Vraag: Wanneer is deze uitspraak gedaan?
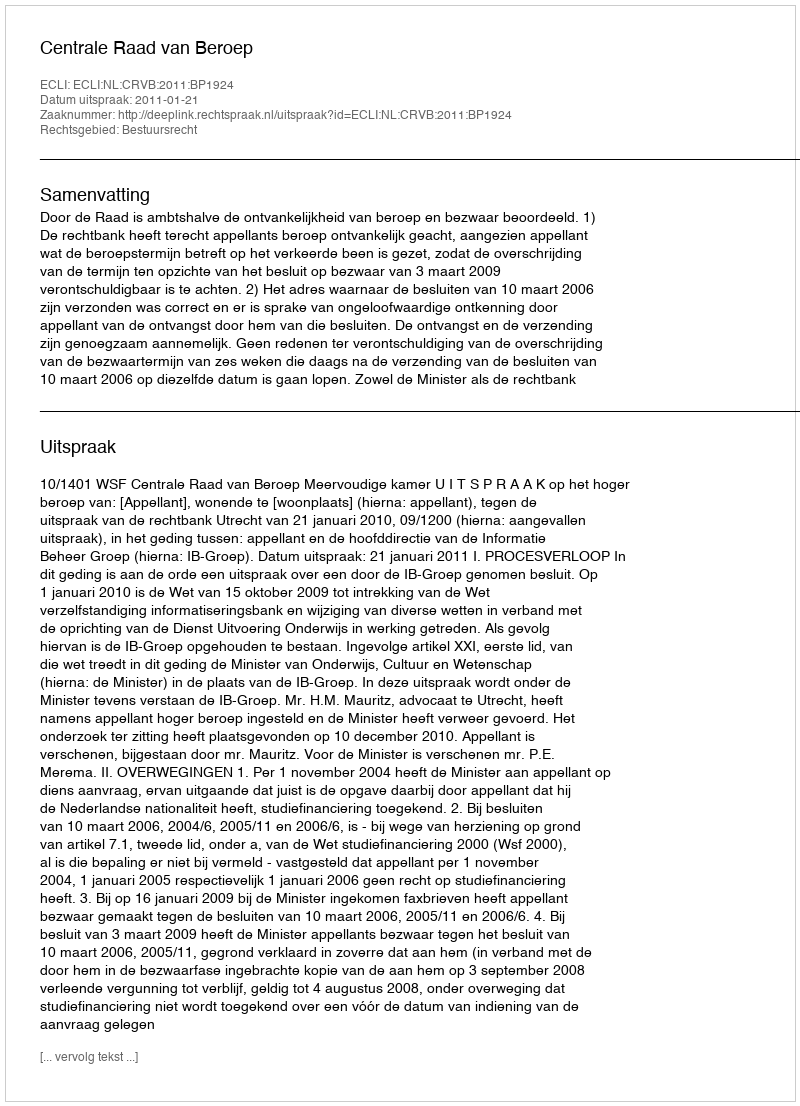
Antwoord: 2011-01-21